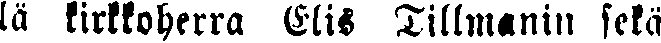
lä kirkkoherra Elis Tillmanin sekä